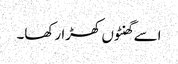
اسے گھنٹوں کھڑا رکھا۔